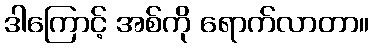
ဒါကြောင့် အစ်ကို ရောက်လာတာ။